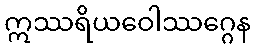
ဣဿရိယဝေါဿဂ္ဂေန